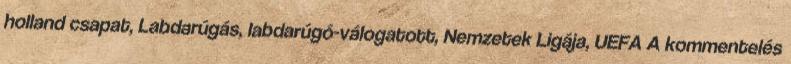
holland csapat, Labdarúgás, labdarúgó-válogatott, Nemzetek Ligája, UEFA A kommentelés